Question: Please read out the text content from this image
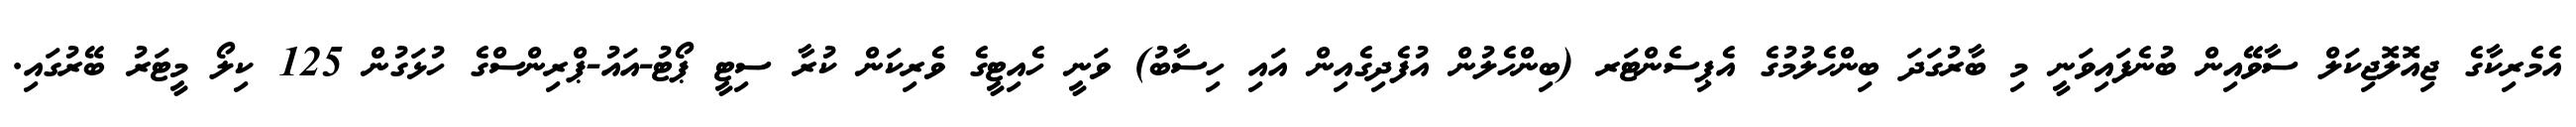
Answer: އެމެރިކާގެ ޖިއޮލޮޖިކަލް ސާވޭއިން ބުނެފައިވަނީ މި ބާރުގަދަ ބިންހެލުމުގެ އެޕިސެންޓަރ (ބިންހެލުން އުފެދިގެއިން އައި ހިސާބު) ވަނީ ހެއިޓީގެ ވެރިކަން ކުރާ ސިޓީ ޕޯޓު-އައު-ޕްރިންސްގެ ހުޅަގުން 125 ކިލޯ މީޓަރު ބޭރުގައި.